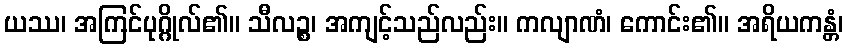
ယဿ၊ အကြင်ပုဂ္ဂိုလ်၏။ သီလဉ္စ၊ အကျင့်သည်လည်း။ ကလျာဏံ၊ ကောင်း၏။ အရိယကန္တံ၊